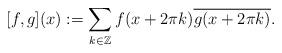
LaTeX: \begin{align*}[ f , g ] (x) := \sum_{k \in \mathbb{Z} } f(x+ 2 \pi k) \overline{g(x+ 2 \pi k)} .\end{align*}